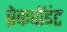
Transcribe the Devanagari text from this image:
ब्रेकपॉइंट